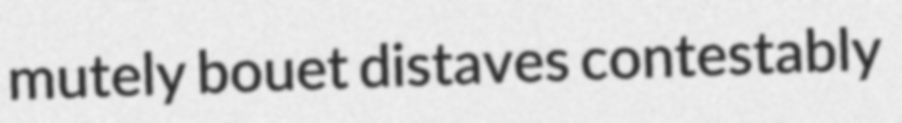
mutely bouet distaves contestably